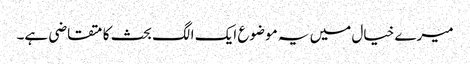
میرے خیال میں یہ موضوع ایک الگ بحث کا متقاضی ہے۔